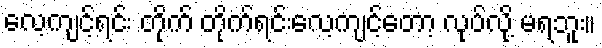
လေ့ကျင့်ရင်း တိုက် တိုက်ရင်းလေ့ကျင့်တော့ လုပ်လို့ မရဘူး။